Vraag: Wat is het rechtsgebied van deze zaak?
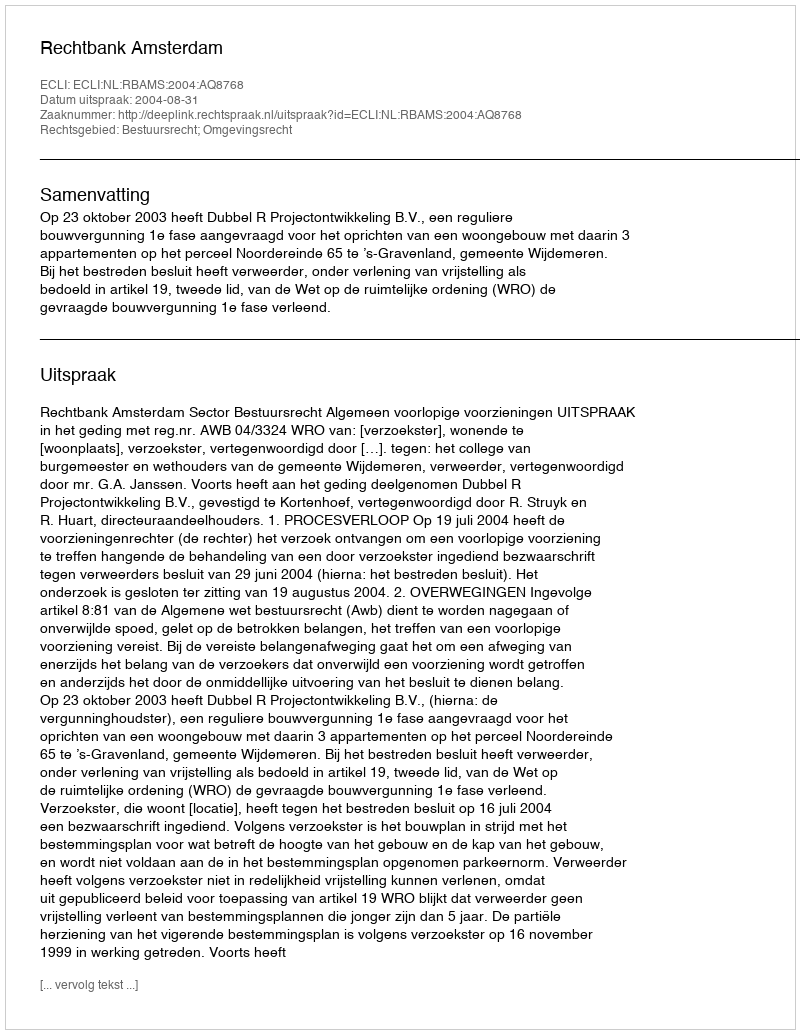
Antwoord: Bestuursrecht; Omgevingsrecht